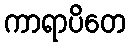
ကာရာပိတေ